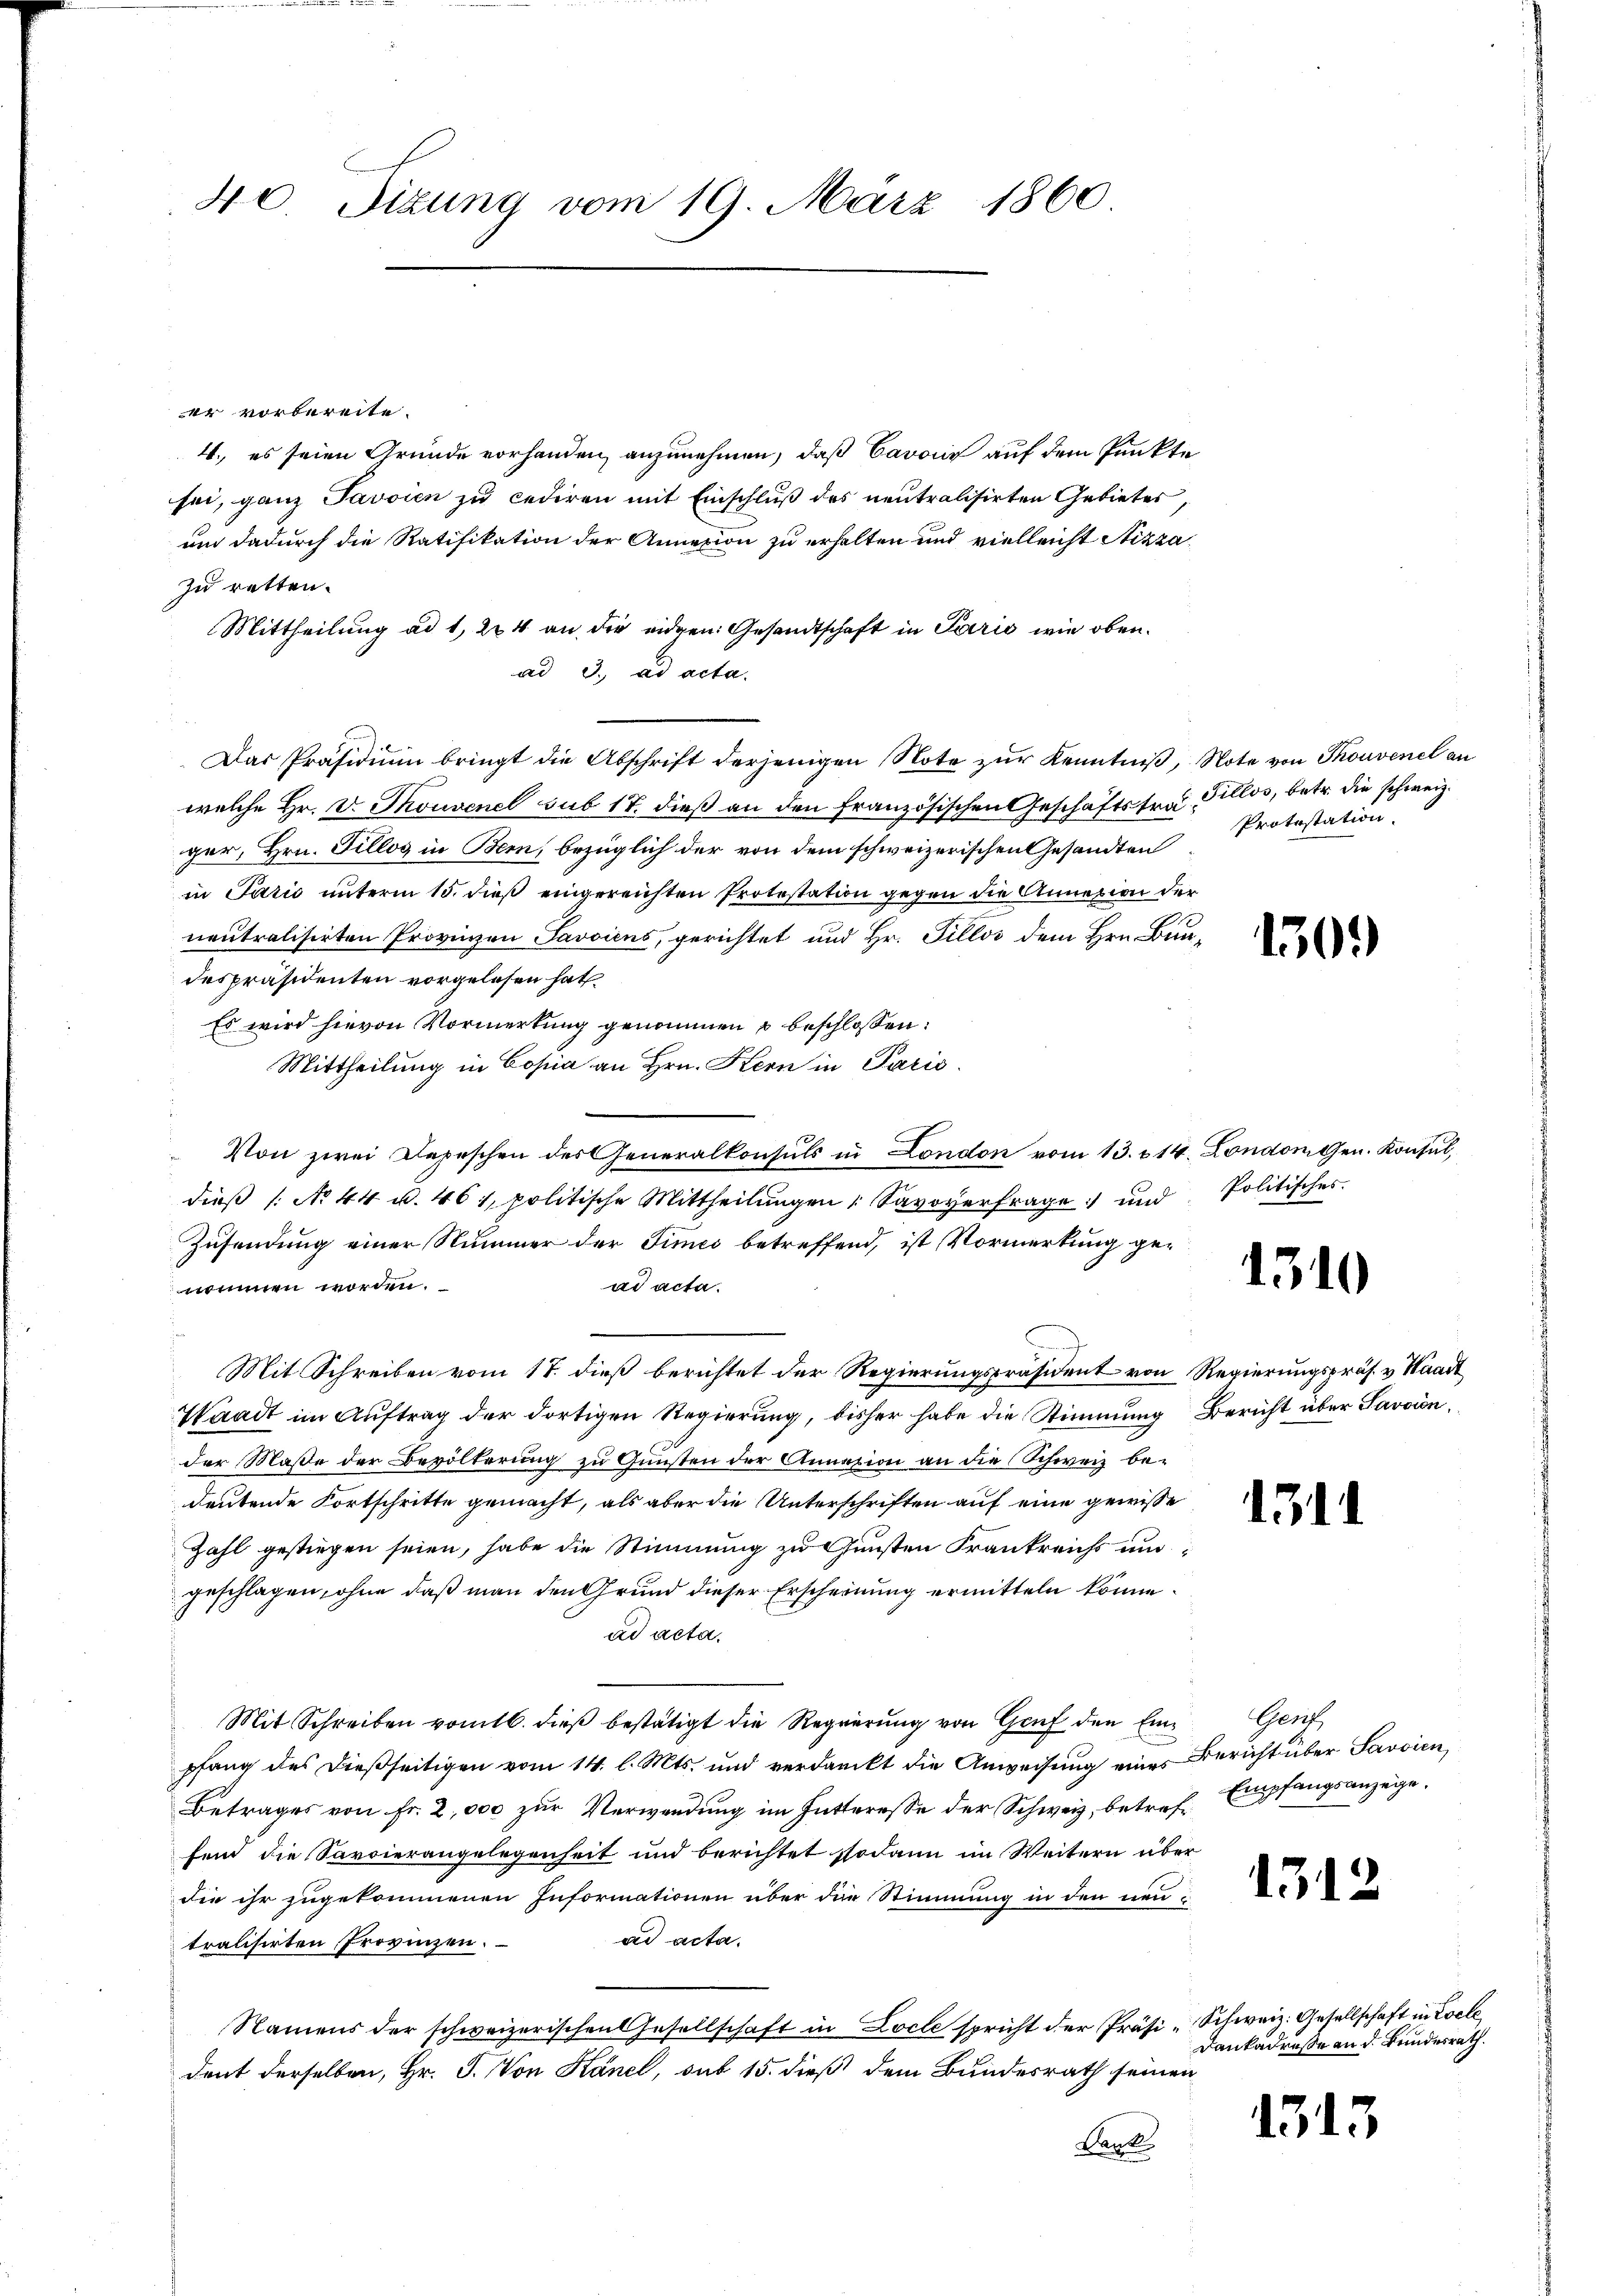
40 Sizung vom 19. März 1860

er vorbereite.
4., es seien Grunde vorhanden, anzunehmen, daß Cavoir auf dem Punkte
sei, ganz Javoien zu cediren mit Einschluß des neutralisirten Gebieter
und dadurch die Ratifikation der Annexion zu erhalten und vielleicht Stizza
zu retten.
Mittheilung ad 1, 224 an die eidgen. Gesandtschaft in Parić, wie oben.
ad 3. ad acta.
Das Präsidium bringt die Abschrift derjenigen Note zur Kenntniß, Note von Thonvenel an
welche Hr. Dr. Thouvenel sub 17. dieß an den Französischen Geschäftstra Pillos, betr. die schweiz.
ger, Hrn. Fillos in Bern, bezüglich der von dem schweizerischen Gesandten
in Parić unterm 15. dieß eingereichten Protestation gegen die Annexion der
neutralisirten Provinzen Javviens, gerichtet und Hr. Fillos dem Hrn. Bun-
despräsidenten vorgelesen hat.
Es wird hievon Vormerkung genommen u beschlossen:
Mittheilung in Copia an Hrn. Kern in Paris.
Von zwei Depeschen des Generalkonsuls in London vom 13. 214. London Gen. Konsul,
dieβ (: No 44 u. 461, politische Mittheilŭngen Savoyerfrage und Politisches.
Zusendung einer Nummer der Times betreffend, ist Vormerkung genommen worden.
ad acta.
Mit Schreiben vom 17. dieß berichtet der Regierungspräsident von Regierungspräs. v. Waadt
Waadt im Aŭftrag der dortigen Regierŭng, bisher habe die Stimmung Bericht über Savoin,
der Maße der Bevölkerung zu Gunsten der Annexion an die Schweiz bedeutende Fortschritte gemacht, als aber die Unterschriften auf eine gewisse
Zahl gestiegen seien, habe die Stimmung zu Gunsten Frankreichs un
geschlagen, ohne daß man den Grund dieser Erscheinung ermitteln könne.
ad acta.
Mit Schreiben vom 16. dieß bestätigt die Regierung von Graf den Ein Genf
pfang des dießseitigen vom 14. l. Mts. und verdankt die Anweisŭng eine Bericht über Savoien
Betrages von Fr. 2,000 zŭr Verwendŭng im Intteresse der Schweiz, betref Empfangsanzegefend die Savoierangelegenheit und berichtet sodann im Weitern über
die ihr zugekommenen Informationen über die Stimmung in den neuad acta.
tralisirten Provinzen.
Namens der schweizerischen Gesellschaft in Locle spricht der Präsi-Schweiz. Gesellschaft in Loele
dent derselben, Hr. J. Von Känel, sub 15. dieß dem Bundesrath seinen
Bank

Protestation.

1301)

1310

13

1312

Dankadresse an d. Beindesrath.

1313